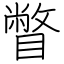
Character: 瞥